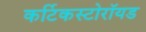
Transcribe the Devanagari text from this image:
कर्टिकस्टोरॉयड